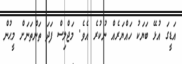
އަޑީގަ އުޅޭ ބަޔަކު ހައްޔަރެއް ނުކުރެ އެވެ. މަޖްލިސް ފަދަ ތަންތަނަށް މީޙުން